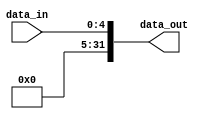
module sign_extend_5to32(
    input wire [0:4] data_in, // entrada de um bit vindo da flag lt
    output wire [31:0] data_out // saida para o mux men to reg
);

    assign data_out =  {{27{1'b0}}, data_in}; 

endmodule